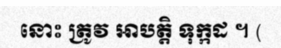
នោះ ត្រូវ អាបត្តិ ទុក្កដ ។ (